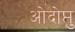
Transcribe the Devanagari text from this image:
ओदोप्तु